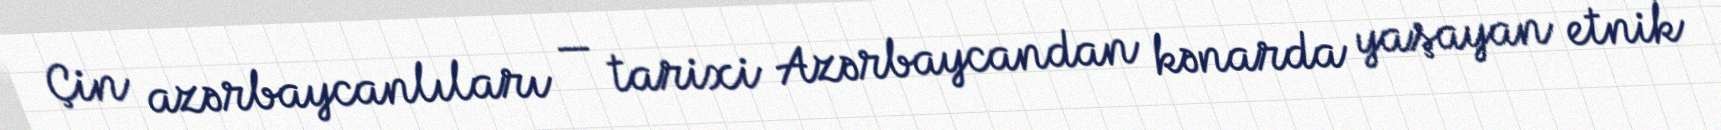
Çin azərbaycanlıları — tarixi Azərbaycandan kənarda yaşayan etnik